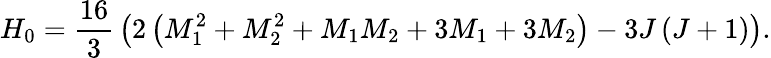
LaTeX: H_{0}={\frac{16}{3}}\left(2\left(M_{1}^{2}+M_{2}^{2}+M_{1}M_{2}+3M_{1}+3M_{2}\right)-3J\left(J+1\right)\right).